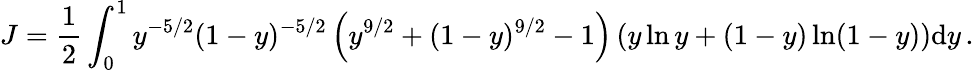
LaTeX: J=\frac{1}{2}\int_{0}^{1}y^{-5/2}(1-y)^{-5/2}\left(y^{9/2}+(1-y)^{9/2}-1\right)\left(y\ln y+(1-y)\ln(1-y)\right)\mathrm{d}y\, .